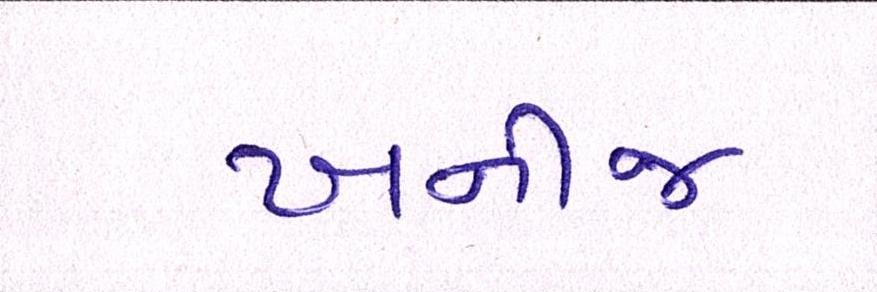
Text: ખનીજ